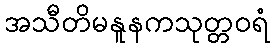
အသီတိမနူနကသုတ္တဝရံ